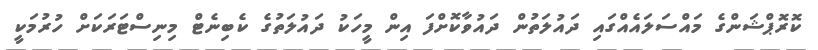
ކޮރޮޕްޝަންގެ މައްސަލައެއްގައި ދައުލަތުން ދައުވާކޮށްފަ އިން މީހަކު ދައުލަތުގެ ކެބިނެޓް މިނިސްޓަރަކަށް ހުރުމަކީ